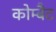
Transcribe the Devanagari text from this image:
कोम्बैट